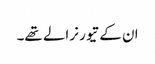
ان کے تیور نرالے تھے۔